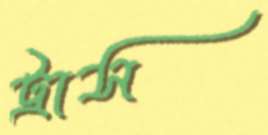
ট্রাস্